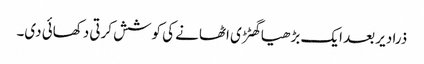
ذرا دیر بعد ایک بڑھیا گھٹڑی اٹھانے کی کوشش کرتی دکھائی دی۔